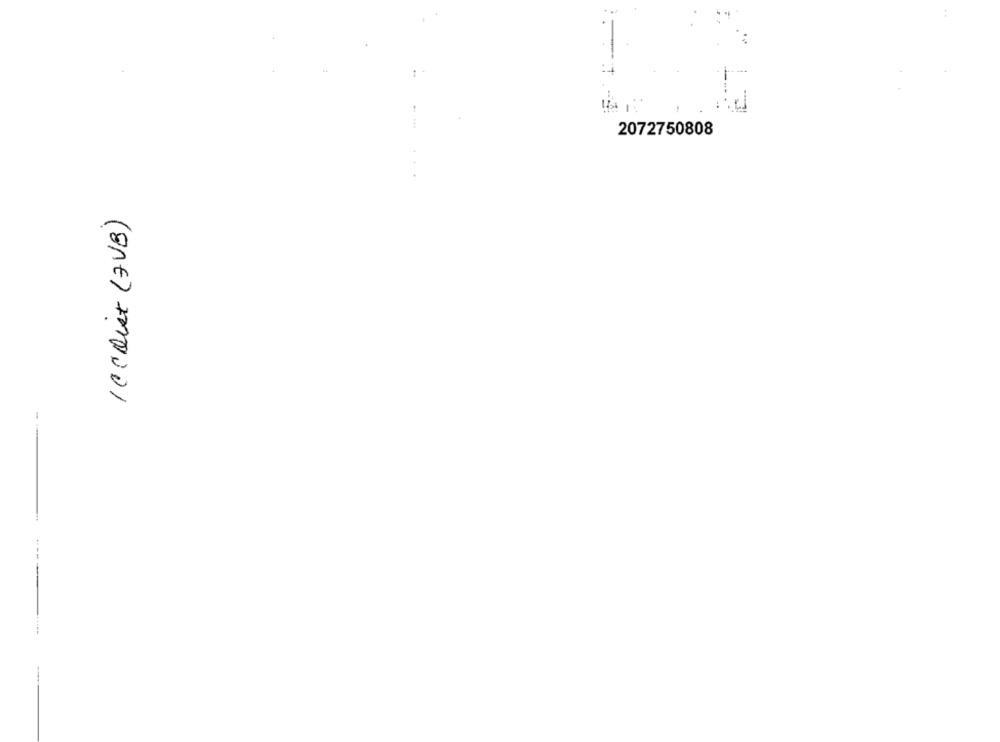
2072750808
...
Iccoist (7VB)